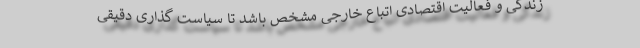
زندگی و فعالیت اقتصادی اتباع خارجی مشخص باشد تا سیاست گذاری دقیقی